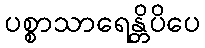
ပစ္စာသာရေန္တိပိပေ